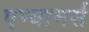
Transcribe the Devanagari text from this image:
एम्बामर्स